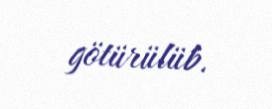
götürülüb.